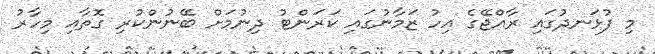
މި ފުޅަނދުގައި ރާއްޖޭގެ އިހު ޒަމާނުގައި ކަރަންޓު ދިނުމަށް ބޭނުންކުރި ގޮތާއި މިހާރު